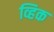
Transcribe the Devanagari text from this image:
व्हिक